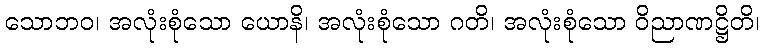
သောဘဝ၊ အလုံးစုံသော ယောနိ၊ အလုံးစုံသော ဂတိ၊ အလုံးစုံသော ဝိညာဏဋ္ဌိတိ၊